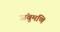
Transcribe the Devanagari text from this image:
जंबुमणि